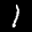
Label: 1